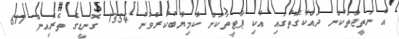
އެ ނަތީޖާތަކުން ދައްކާގޮތުގައި އެކި ޕާޓީތަކަށް ކާމިޔާބުކުރެވުނު 1354 ގޮނޑީގެ ތެރެއިން 617